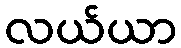
လယ်ယာ